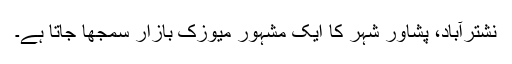
نشترآباد، پشاور شہر کا ایک مشہور میوزک بازار سمجھا جاتا ہے۔